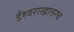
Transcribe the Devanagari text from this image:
ईश्वराखातरच